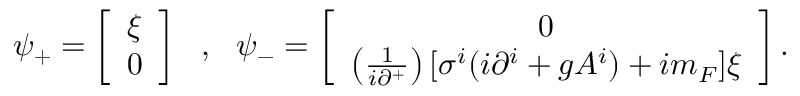
\psi _ { + } = \left[ \begin{array} { l } { { \xi } } \\ { { 0 } } \end{array} \right] ~ ~ , ~ ~ \psi _ { - } = \left[ \begin{array} { c } { { 0 } } \\ { { \left( \frac { 1 } { i \partial ^ { + } } \right) [ \sigma ^ { i } ( i \partial ^ { i } + g A ^ { i } ) + i m _ { F } ] \xi } } \end{array} \right] .